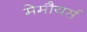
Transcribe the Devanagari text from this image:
मेमौयर्स